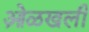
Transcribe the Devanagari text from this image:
ओ़ळखली